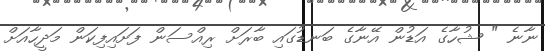
ނާނެ " ޝުހާގެ އަޑުން އޭނާގެ ބަނޑުގައި ބާރަށް ރިއްސަން ފަށައިފިކަން މަދީހާއަށް